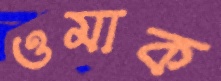
ওমাক